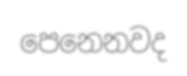
පෙනෙනවද